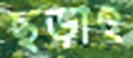
ছড়াৎ